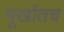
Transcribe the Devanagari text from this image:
मूर्खातच